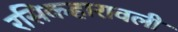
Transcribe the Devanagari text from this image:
रसिकहारावली